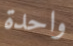
واحدة